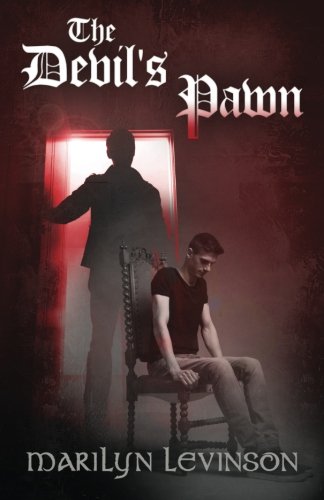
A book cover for The Devil's Pawn; Marilyn Levinson; Teen & Young Adult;